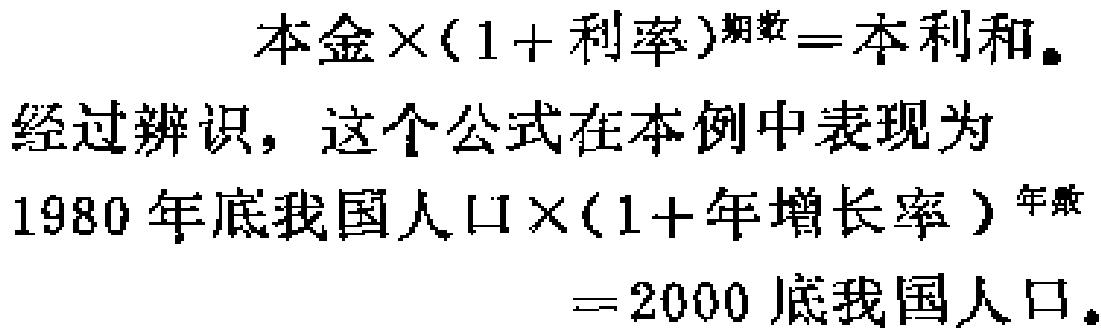
本金×(1 + 利率)^{期数}=本利和。
经过辨识，这个公式在本例中表现为
1980年底我国人口×(1 + 年增长率)^{年数}
= 2000底我国人口。